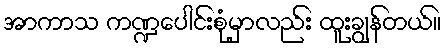
အာကာသ ကဏ္ဍပေါင်းစုံမှာလည်း ထူးချွန်တယ်။